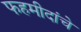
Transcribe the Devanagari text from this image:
फहमीदांचे